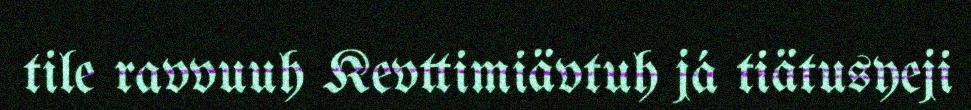
tile ravvuuh Kevttimiävtuh já tiätusyeji